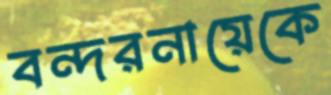
বন্দরনায়েকে